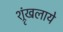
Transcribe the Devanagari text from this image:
श्रृंखलाये